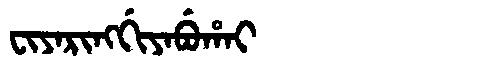
Manchu: ᠸᡳᠶᠠᡵᡳᠩᡤᡳᠶᠠᠪᡠᡥᠠᡳ
Romanization: FIYARINGGIYABUHAI